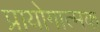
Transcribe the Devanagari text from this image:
प्रायोगात्मक